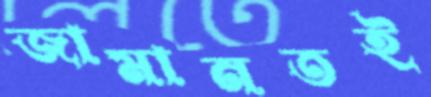
জামানতই